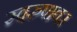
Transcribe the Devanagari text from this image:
स्वरुपावर